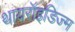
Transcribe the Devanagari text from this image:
थायरॉइडिज्म